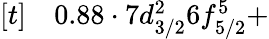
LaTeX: \begin{array}{rl}{[t]}&{{}0.88\cdot 7d_{3/2}^{2}6f_{5/2}^{5}+}\end{array}